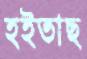
হইতাছ